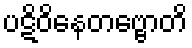
ပဋိဝိနေတဗ္ဗောတိ